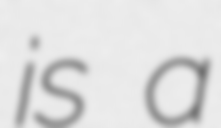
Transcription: is a